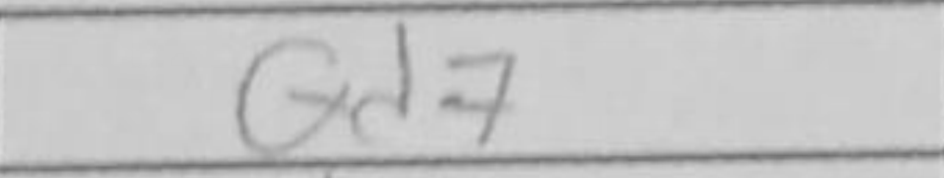
Transcription: Qd7